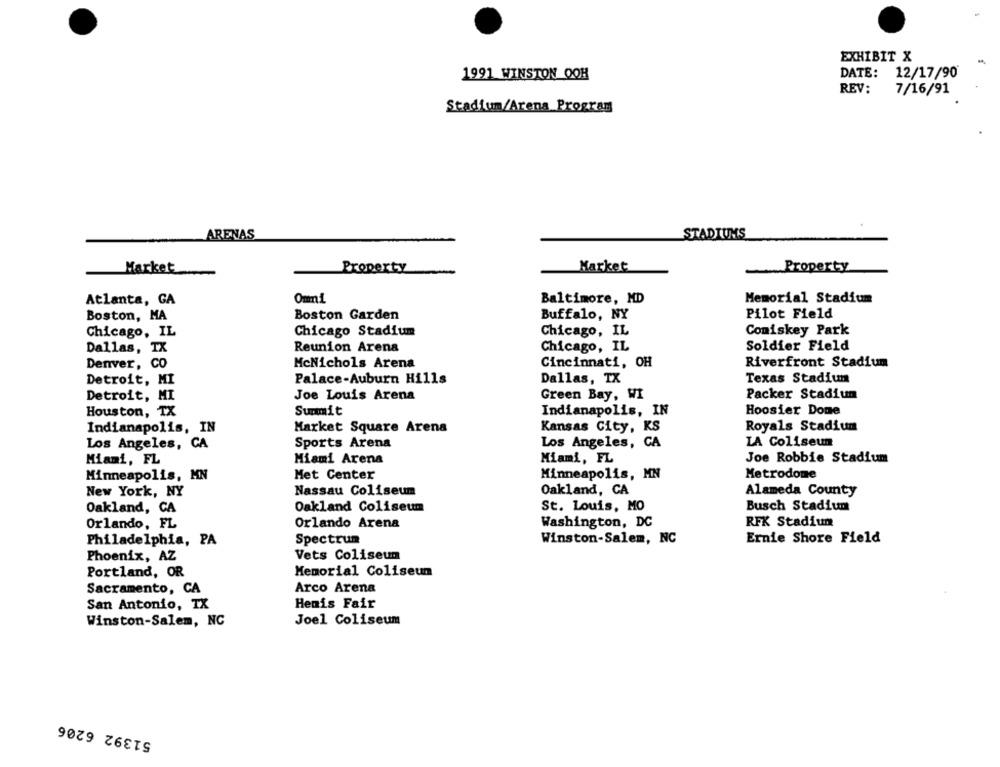
EXHIBIT X
1991 WINSTON OOH
DATE: 12/17/90
REV:
7/16/91
Stadium/Arena Program
ARENAS
STADIUMS
Market
Market
Property
Property
Omni
Memorial Stadium
Atlanta, GA
Baltimore, MD
Pilot Field
Boston, MA
Boston Garden
Buffalo, NY
Chicago, IL
Chicago Stadium
Chicago, IL
Coniskey Park
Dallas, TX
Reunion Arena
Chicago, IL
Soldier Field
Denver, co
McNichols Arena
Cincinnati, OH
Riverfront Stadium
Detroit, MI
Palace-Auburn Hills
Dallas, TX
Texas Stadium
Detroit, MI
Joe Louis Arena
Green Bay, WI
Packer Stadium
Houston, TX
Summit
Indianapolis, IN
Hoosier Done
Indianapolis, IN
Market Square Arena
Kansas City, KS
Royals Stadium
Sports Arena
Los Angeles, CA
LA Coliseun
Los Angeles, CA
Miami, FL
Miami Arena
Miami, FL
Joe Robbie Stadium
Met Center
Minneapolis, MN
Metrodome
Minneapolis, MN
Nassau Coliseum
Oakland, CA
Alameda County
New York, NY
Busch Stadium
Oakland, CA
Oakland Coliseum
St. Louis, MO
Orlando, FL
Orlando Arena
Washington, DC
RFK Stadium
Philadelphia, PA
Spectrum
Winston-Salem, NC
Ernie Shore Field
Phoenix, AZ
Vets Coliseun
Portland, OR
Memorial Coliseum
Sacramento, CA
Arco Arena
San Antonio, TX
Henis Fair
Winston-Salem, NC
Joel Coliseum
51392 6206